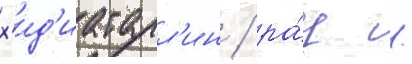
х'ид'иатулл'ин / ра́ц /